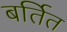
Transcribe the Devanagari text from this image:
बर्तित